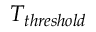
T _ { t h r e s h o l d }